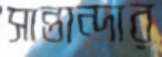
সান্তান্দার